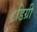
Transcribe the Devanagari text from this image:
८डिग्री